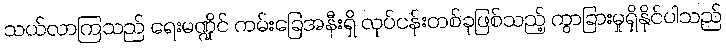
သယ်လာကြသည် ရေးမဏ္ဍိုင် ကမ်းခြေအနီးရှိ လုပ်ငန်းတစ်ခုဖြစ်သည့် ကွာခြားမှုရှိနိုင်ပါသည်